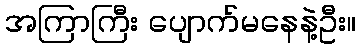
အကြာကြီး ပျောက်မနေနဲ့ဦး။